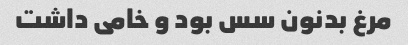
مرغ بدنون سس بود و خامی داشت